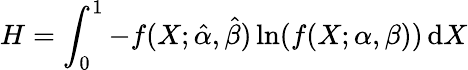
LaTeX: H=\int_{0}^{1}-f(X;{\hat{\alpha}},{\hat{\beta}})\ln(f(X;\alpha,\beta))\, \mathrm{{d}}X